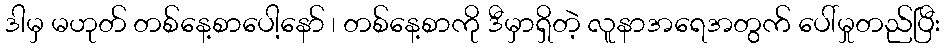
ဒါမှ မဟုတ် တစ်နေ့စာပေါ့နော် ၊ တစ်နေ့စာကို ဒီမှာရှိတဲ့ လူနာအရေအတွက် ပေါ်မှုတည်ပြီး